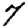
Digit: 7